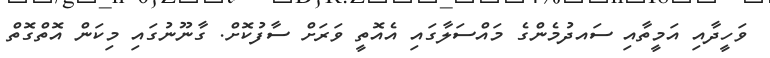
ވަހީދާއި އަމީތާއި ސައދުމެންގެ މައްސަލާގައި އެއޮތީ ވަރަށް ސާފުކޮށް. ގާނޫނުގައި މިކަން އޮތްގޮތް